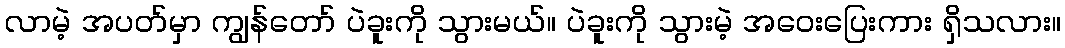
လာမဲ့ အပတ်မှာ ကျွန်တော် ပဲခူးကို သွားမယ်။ ပဲခူးကို သွားမဲ့ အဝေးပြေးကား ရှိသလား။